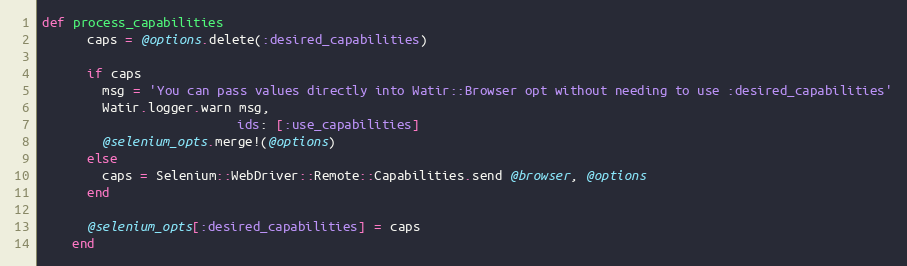
Language: Ruby
def process_capabilities
      caps = @options.delete(:desired_capabilities)

      if caps
        msg = 'You can pass values directly into Watir::Browser opt without needing to use :desired_capabilities'
        Watir.logger.warn msg,
                          ids: [:use_capabilities]
        @selenium_opts.merge!(@options)
      else
        caps = Selenium::WebDriver::Remote::Capabilities.send @browser, @options
      end

      @selenium_opts[:desired_capabilities] = caps
    end